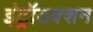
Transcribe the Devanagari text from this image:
इंट्रॉडक्शन